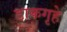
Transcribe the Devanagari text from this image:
डाकगृहे